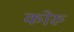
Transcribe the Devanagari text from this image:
कोरु